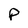
Character: P